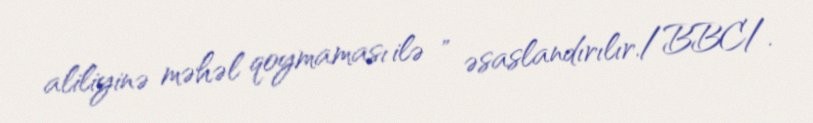
aliliyinə məhəl qoymaması ilə " əsaslandırılır./BBC/.